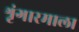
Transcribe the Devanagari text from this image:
श्रृंगारमाला